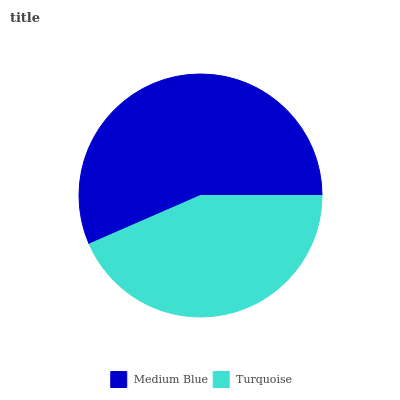
| Medium Blue | Turquoise |
 | --- | --- |
 | 56.5% | 43.5% |